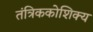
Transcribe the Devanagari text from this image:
तंत्रिककोशिक्य